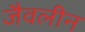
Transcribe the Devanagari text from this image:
जैवलीन